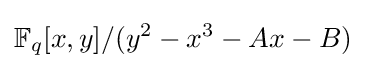
\mathbb {F} _{q}[x,y]/(y^{2}-x^{3}-Ax-B)